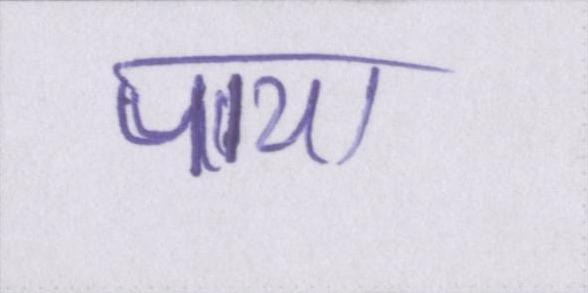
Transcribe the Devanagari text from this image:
पाया